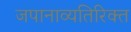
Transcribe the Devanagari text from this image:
जपानाव्यतिरिक्त